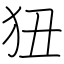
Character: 狃